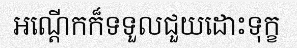
អណ្តើកក៏ទទួលជួយដោះទុក្ខ